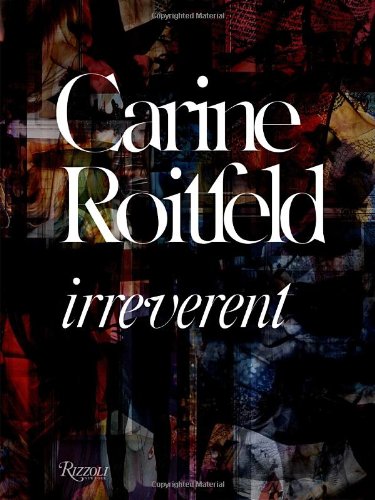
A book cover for Carine Roitfeld:  Irreverent; Carine Roitfeld; Humor & Entertainment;